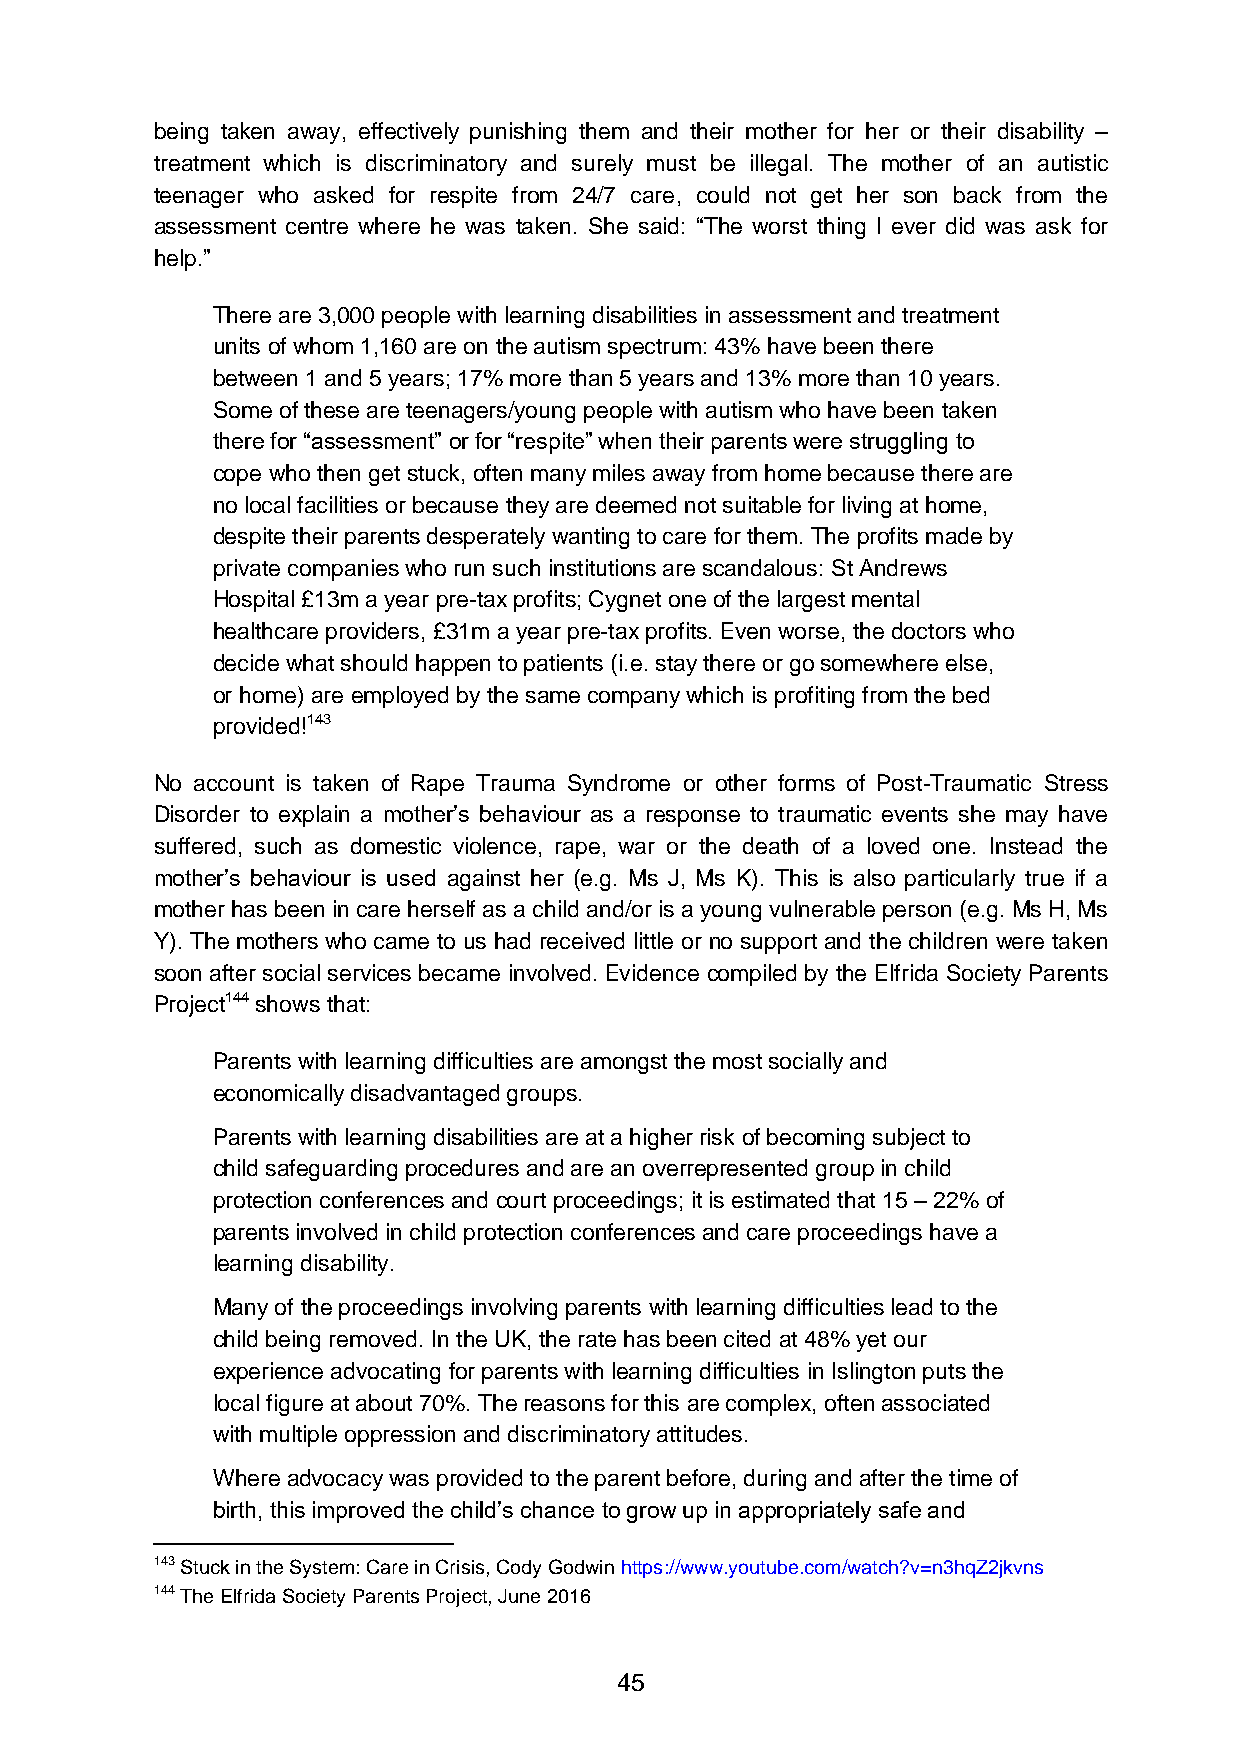
being taken away, effectively punishing them and their mother for her or their disability –
 treatment which is discriminatory and surely must be illegal. The mother of an autistic
 teenager who asked for respite from 24/7 care, could not get her son back from the
 assessment centre where he was taken. She said: “The worst thing I ever did was ask for
 help.”
 There are 3,000 people with learning disabilities in assessment and treatment
 units of whom 1,160 are on the autism spectrum: 43% have been there
 between 1 and 5 years; 17% more than 5 years and 13% more than 10 years.
 Some of these are teenagers/young people with autism who have been taken
 there for “assessment” or for “respite” when their parents were struggling to
 cope who then get stuck, often many miles away from home because there are
 no local facilities or because they are deemed not suitable for living at home,
 despite their parents desperately wanting to care for them. The profits made by
 private companies who run such institutions are scandalous: St Andrews
 Hospital £13m a year pre-tax profits; Cygnet one of the largest mental
 healthcare providers, £31m a year pre-tax profits. Even worse, the doctors who
 decide what should happen to patients (i.e. stay there or go somewhere else,
 or home) are employed by the same company which is profiting from the bed
 provided!143
 No account is taken of Rape Trauma Syndrome or other forms of Post-Traumatic Stress
 Disorder to explain a mother’s behaviour as a response to traumatic events she may have
 suffered, such as domestic violence, rape, war or the death of a loved one. Instead the
 mother’s behaviour is used against her (e.g. Ms J, Ms K). This is also particularly true if a
 mother has been in care herself as a child and/or is a young vulnerable person (e.g. Ms H, Ms
 Y). The mothers who came to us had received little or no support and the children were taken
 soon after social services became involved. Evidence compiled by the Elfrida Society Parents
 Project144 shows that:
 Parents with learning difficulties are amongst the most socially and
 economically disadvantaged groups.
 Parents with learning disabilities are at a higher risk of becoming subject to
 child safeguarding procedures and are an overrepresented group in child
 protection conferences and court proceedings; it is estimated that 15 – 22% of
 parents involved in child protection conferences and care proceedings have a
 learning disability.
 Many of the proceedings involving parents with learning difficulties lead to the
 child being removed. In the UK, the rate has been cited at 48% yet our
 experience advocating for parents with learning difficulties in Islington puts the
 local figure at about 70%. The reasons for this are complex, often associated
 with multiple oppression and discriminatory attitudes.
 Where advocacy was provided to the parent before, during and after the time of
 birth, this improved the child’s chance to grow up in appropriately safe and
 143 Stuck in the System: Care in Crisis, Cody Godwin https://www.youtube.com/watch?v=n3hqZ2jkvns
 144 The Elfrida Society Parents Project, June 2016
 45